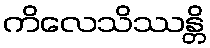
ကိလေသိဿန္တိ